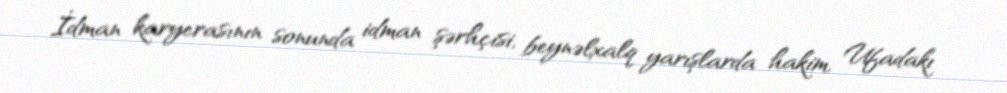
İdman karyerasının sonunda idman şərhçisi, beynəlxalq yarışlarda hakim, Ufadakı